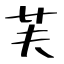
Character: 芙